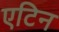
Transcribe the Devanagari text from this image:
एटिन